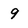
Character: 9